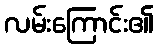
လမ်းကြောင်း၏